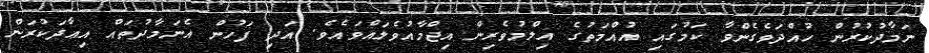
ނަމާދުކުރުން ހުއްދަވެގެންވާ ކަމުގައި އުއްމަތުގެ އިލްމުވެރިން އިޖްމާއުވެލައްވައެވެ. އަދި ފަހުން އެނަމާދުތައް އިޢާދަކުރަން